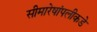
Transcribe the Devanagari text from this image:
सीमारेषांपलीकडे